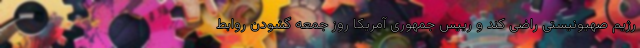
رژیم صهیونیستی راضی کند و رییس جمهوری آمریکا روز جمعه گشودن روابط